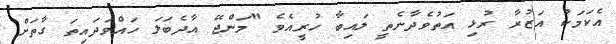
އެކަމަކު އަޒުރާ ރުޅި އަތުވެދާނެތީ ލައިބާ ހުރީއެވެ "މަންޖޭ އާދެބަލަ ހައްވަދައިތަ ގާތަށް